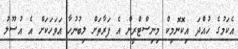
އެކަމުގެ ހުއްދަ އިކޮނޮމިކް މިނިސްޓްރީން އެ ފަރާތަށް ލިބުނުހާ އަވަހަކަށް އެ އުސޫލު